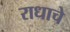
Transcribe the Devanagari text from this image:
राधाचे